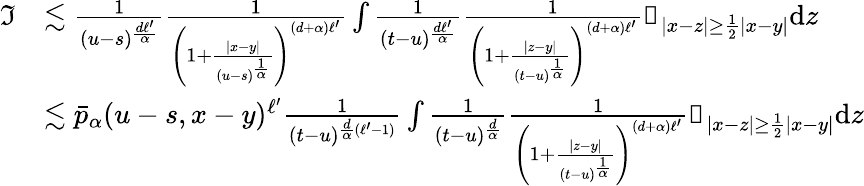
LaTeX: \begin{array}{rl}{\mathfrak{I}}&{\lesssim\frac{1}{(u-s)^{\frac{d\ell^{\prime}}{\alpha}}}\frac{1}{\left(1+\frac{|x-y|}{(u-s)^{\frac{1}{\alpha}}}\right)^{(d+\alpha)\ell^{\prime}}}\int\frac{1}{(t-u)^{\frac{d\ell^{\prime}}{\alpha}}}\frac{1}{\left(1+\frac{|z-y|}{(t-u)^{\frac{1}{\alpha}}}\right)^{(d+\alpha)\ell^{\prime}}}\mathbb{1}_{|x-z|\geq\frac{1}{2}|x-y|}\mathrm{d}z}\\ &{\lesssim\bar{p}_{\alpha}(u-s,x-y)^{\ell^{\prime}}\frac{1}{(t-u)^{\frac{d}{\alpha}(\ell^{\prime}-1)}}\int\frac{1}{(t-u)^{\frac{d}{\alpha}}}\frac{1}{\left(1+\frac{|z-y|}{(t-u)^{\frac{1}{\alpha}}}\right)^{(d+\alpha)\ell^{\prime}}}\mathbb{1}_{|x-z|\geq\frac{1}{2}|x-y|}\mathrm{d}z}\end{array}